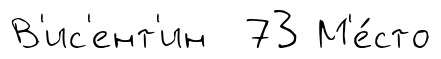
В'ис'ент'ин 73 М'е́сто